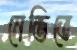
নেভিতে